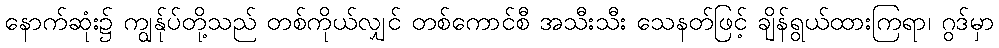
နောက်ဆုံး၌ ကျွန်ုပ်တို့သည် တစ်ကိုယ်လျှင် တစ်ကောင်စီ အသီးသီး သေနတ်ဖြင့် ချိန်ရွယ်ထားကြရာ၊ ဂွဒ်မှာ